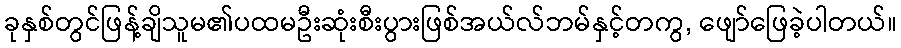
ခုနှစ်တွင်ဖြန့်ချိသူမ၏ပထမဦးဆုံးစီးပွားဖြစ်အယ်လ်ဘမ်နှင့်တကွ, ဖျော်ဖြေခဲ့ပါတယ်။